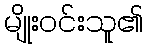
မျိုးဝင်းသူ၏